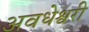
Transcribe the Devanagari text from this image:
अवधेश्वरी